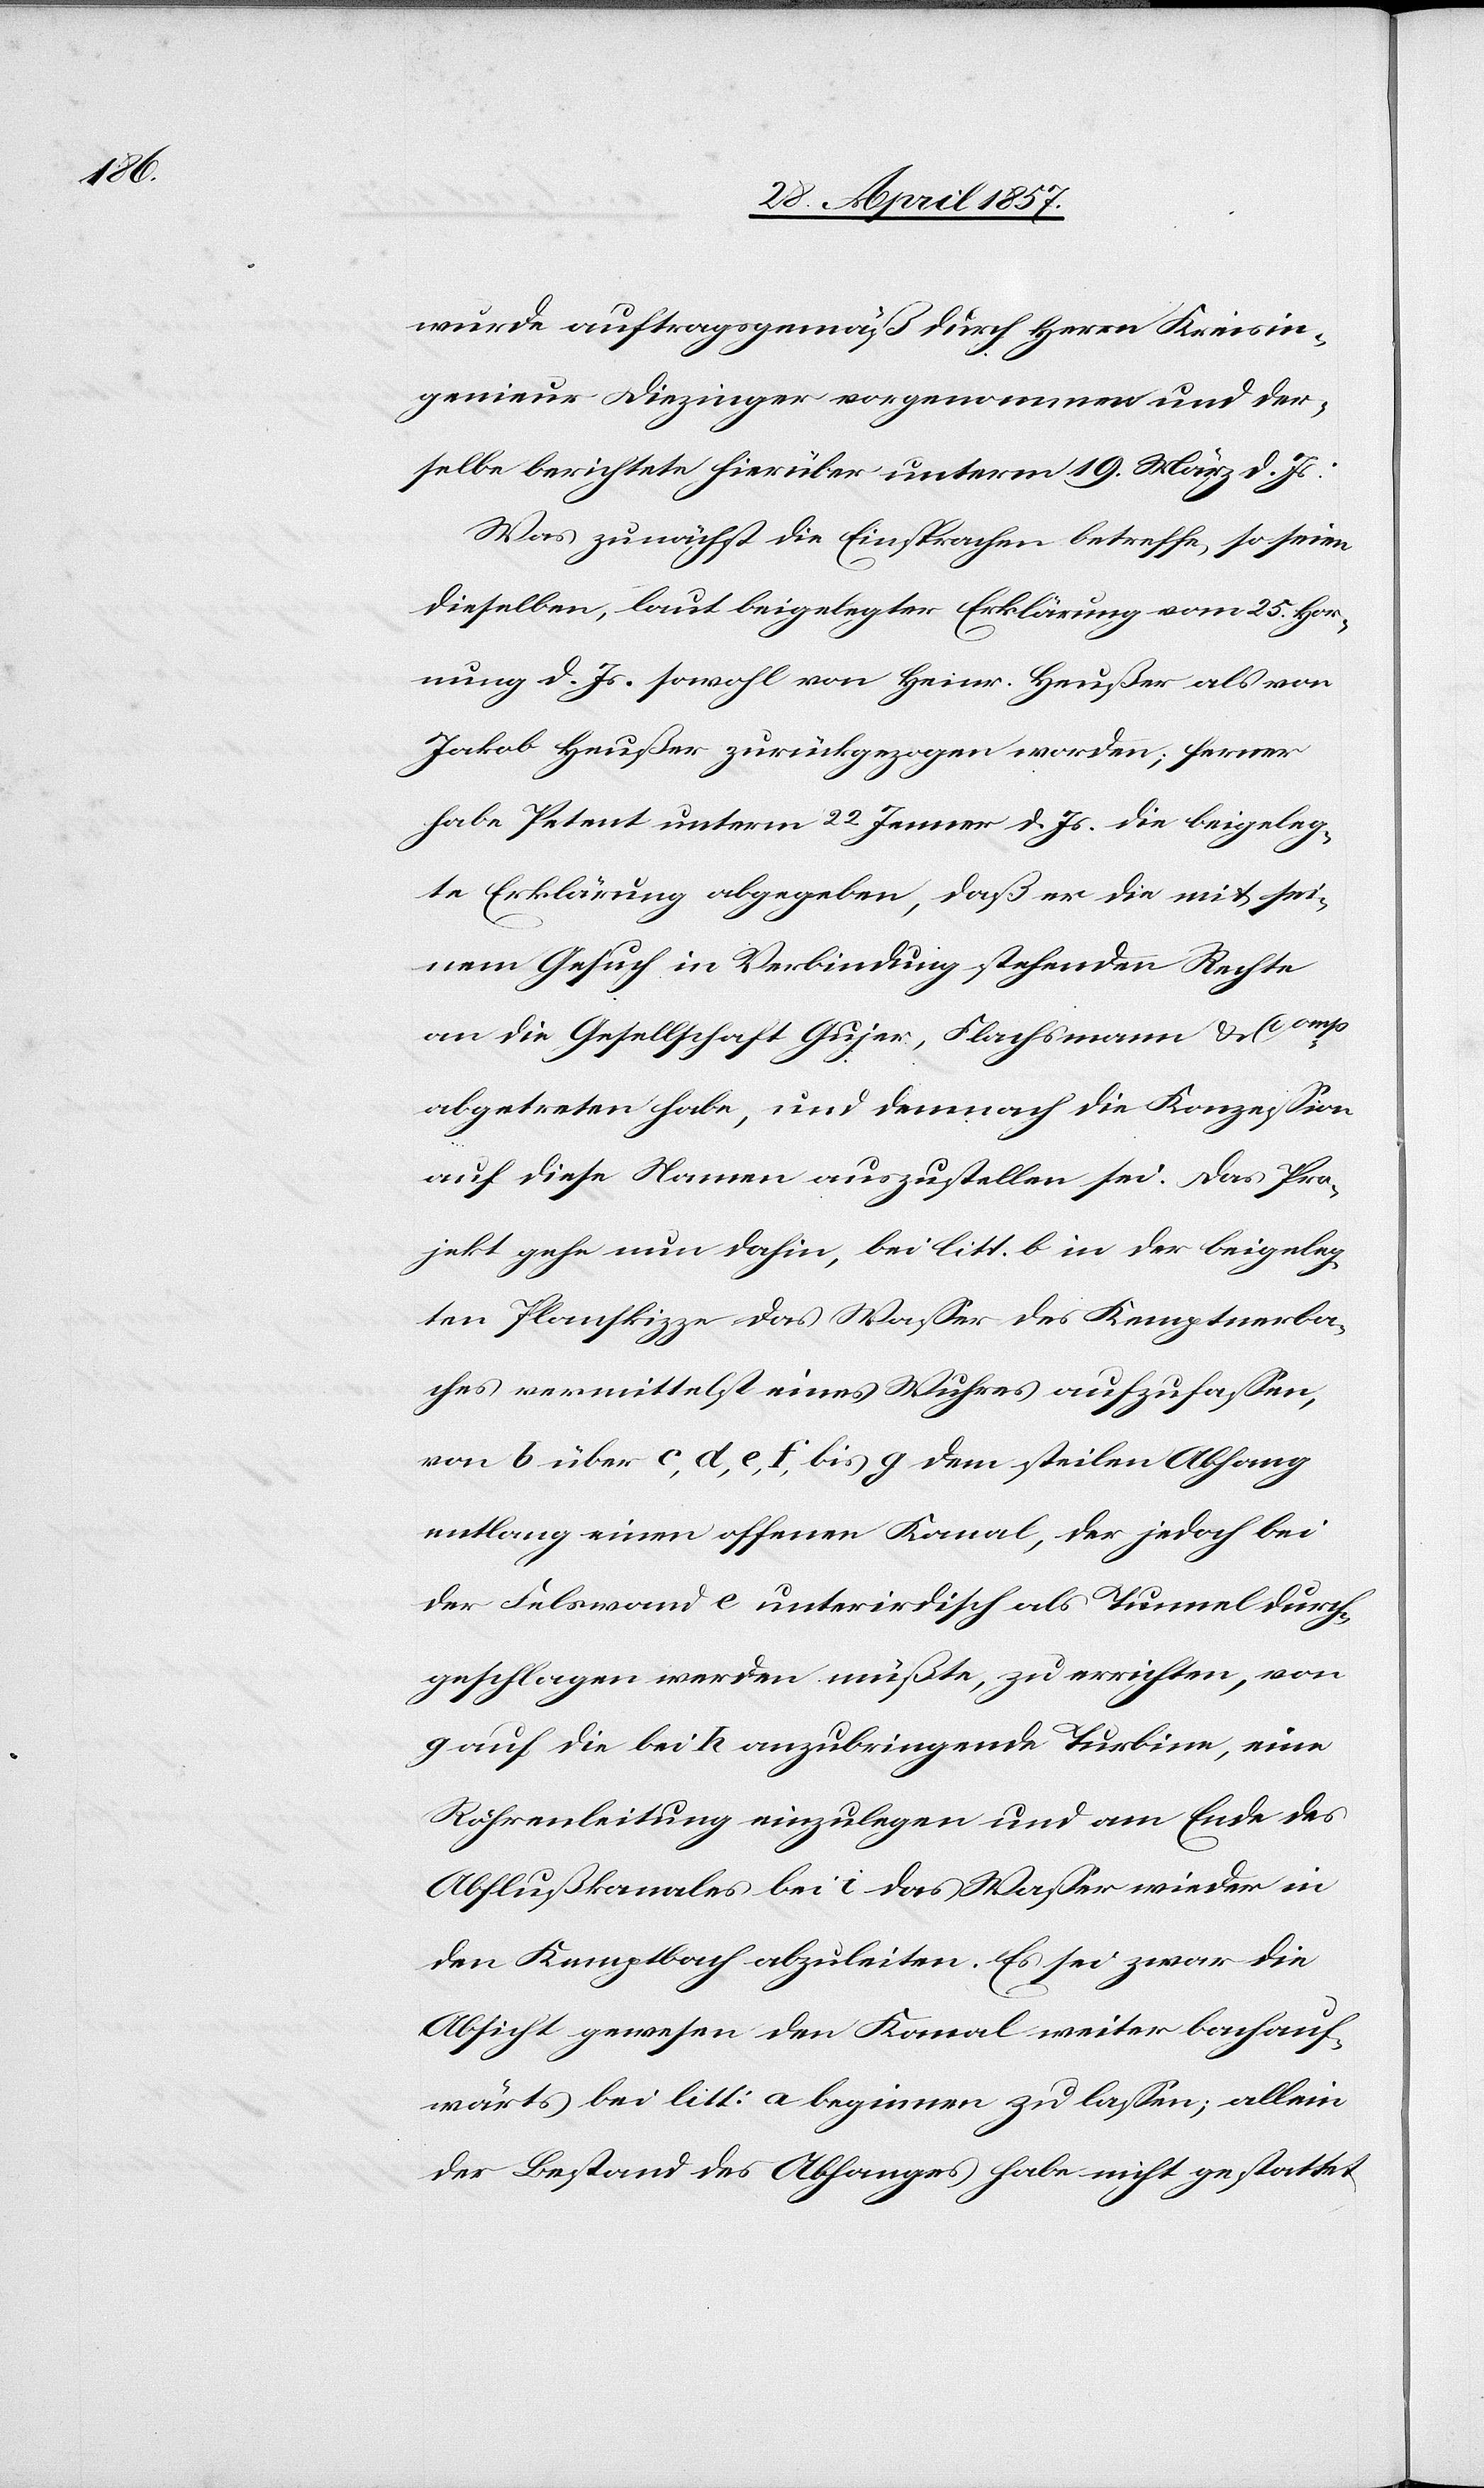
wurde auftragsgemäß durch Herrn Kreisin¬
genieur Diezinger vorgenommen und der¬
selbe berichtete hierüber unterm 19 März d. Js.:
Was zunächst die Einsprachen betreffe, so seien
dieselben, laut beigelegter Erklärung vom 25 Hor¬
nung d. Js. sowohl von Heinr. Heußer als von
Jakob Heußer zurückgezogen worden; ferner
habe Petent unterm 22 Jenner d. Js. die beigeleg¬
te Erklärung abgegeben, daß er die mit sei¬
nem Gesuch in Verbindung stehenden Rechte
an die Gesellschaft Gujer, Flachsmann u. Comp
abgetreten habe, und dennoch die Konzeßion
auf diese Namen auszustellen sei. Das Pro¬
jekt gehe nun dahin, bei litt. b in der beigeleg¬
ten Planskizze das Waßer des Kemptnerba¬
ches vermittelst eines Wuhres aufzufaßen,
von b über c, d, e, f, bis g dem steilen Abhang
entlang einen offenen Kanal, der jedoch bei
der Felswand e unterirdisch als Tunnel durch¬
geschlagen werden müßte, zu errichten, von
g auf die bei h anzubringende Turbine, eine
Röhrenleitung einzulegen und am Ende des
Abflußkanales bei i das Waßer wieder in
den Kemptbach abzuleiten. Es sei zwar die
Absicht gewesen den Kanal weiter bachauf¬
wärts bei litt: a beginnen zu lassen; allein
der Bestand des Abhanges habe nicht gestattet